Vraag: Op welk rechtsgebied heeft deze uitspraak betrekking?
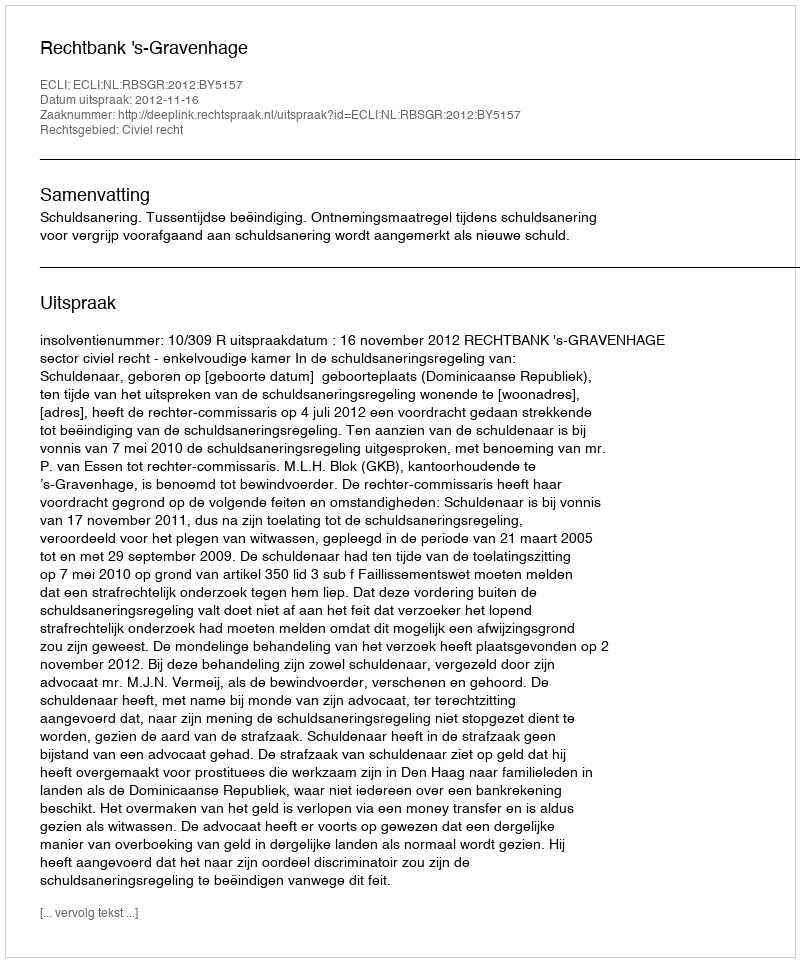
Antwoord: Civiel recht